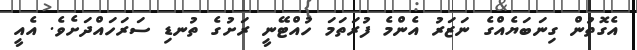
އެގޮތުން ގިނަބަޔެއްގެ ނަޒަރު އެންމެ ފުރަތަމަ ހުއްޓޭނީ ރަށުގެ ތުނޑި ސަރަހައްދަށެވެ. އެއީ